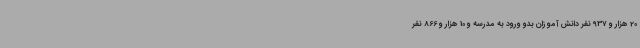
20 هزار و 937 نفر دانش آموزان بدو ورود به مدرسه و 10 هزار و 866 نفر